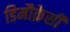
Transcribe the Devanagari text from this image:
डिमौक्रेसी